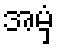
အမှံ